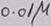
Text: 0.01µ